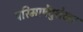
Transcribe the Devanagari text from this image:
परिमाषेंदुशेखर